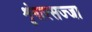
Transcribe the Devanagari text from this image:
शृंगारसज्जा